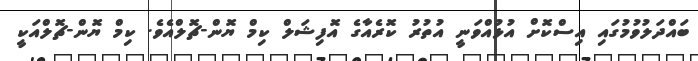
ބައްދަލުވުމުގައި އިސްކޮށް އުޅުއްވަނީ އުތުރުު ކޮރެއާގެ އޮފިޝަލް ކިމް ޔޮން-ޗޮލްއެވެ. ކިމް ޔޮން-ޗޮލްއަކީ